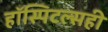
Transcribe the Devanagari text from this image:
हॉस्पिटल्सही